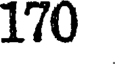
170